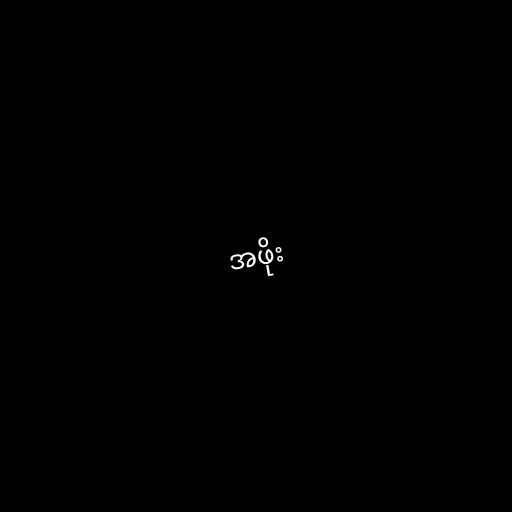
အဖိုး